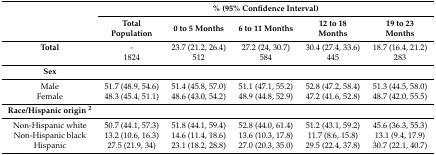
<table><thead><tr><td rowspan="2"></td><td colspan="5"><b>% (95% Confidence Interval)</b></td></tr><tr><td><b>Total Population</b></td><td><b>0 to 5 Months</b></td><td><b>6 to 11 Months</b></td><td><b>12 to 18 Months</b></td><td><b>19 to 23 Months</b></td></tr></thead><tbody><tr><td><b>Total</b></td><td>-</td><td>23.7 (21.2, 26.4)</td><td>27.2 (24, 30.7)</td><td>30.4 (27.4, 33.6)</td><td>18.7 (16.4, 21.2)</td></tr><tr><td></td><td>1824</td><td>512</td><td>584</td><td>445</td><td>283</td></tr><tr><td><b>Sex</b></td><td colspan="5"></td></tr><tr><td>Male</td><td>51.7 (48.9, 54.6)</td><td>51.4 (45.8, 57.0)</td><td>51.1 (47.1, 55.2)</td><td>52.8 (47.2, 58.4)</td><td>51.3 (44.5, 58.0)</td></tr><tr><td>Female</td><td>48.3 (45.4, 51.1)</td><td>48.6 (43.0, 54.2)</td><td>48.9 (44.8, 52.9)</td><td>47.2 (41.6, 52.8)</td><td>48.7 (42.0, 55.5)</td></tr><tr><td><b>Race/Hispanic origin <sup>2</sup></b></td><td colspan="5"></td></tr><tr><td>Non-Hispanic white</td><td>50.7 (44.1, 57.3)</td><td>51.8 (44.1, 59.4)</td><td>52.8 (44.0, 61.4)</td><td>51.2 (43.1, 59.2)</td><td>45.6 (36.3, 55.3)</td></tr><tr><td>Non-Hispanic black</td><td>13.2 (10.6, 16.3)</td><td>14.6 (11.4, 18.6)</td><td>13.6 (10.3, 17.8)</td><td>11.7 (8.6, 15.8)</td><td>13.1 (9.4, 17.9)</td></tr><tr><td>Hispanic</td><td>27.5 (21.9, 34)</td><td>23.1 (18.2, 28.8)</td><td>27.0 (20.3, 35.0)</td><td>29.5 (22.4, 37.8)</td><td>30.7 (22.1, 40.7)</td></tr></tbody></table>